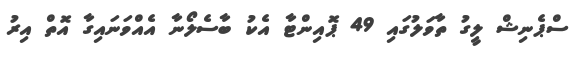
ސްޕެނިޝް ލީގު ތާވަލުގައި 49 ޕޮއިންޓާ އެކު ބާސެލޯނާ އެއްވަނައިގާ އޮތް އިރު